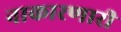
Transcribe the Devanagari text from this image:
नाकारणारी